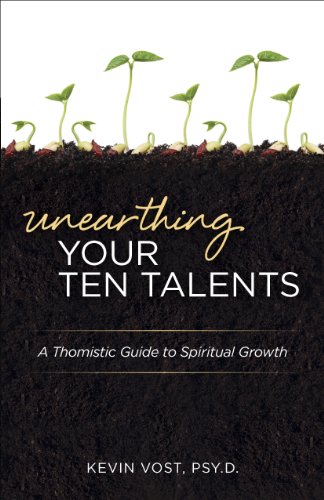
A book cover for Unearthing Your Ten Talents; Kevin Vost; Christian Books & Bibles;